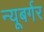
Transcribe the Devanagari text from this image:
न्यूबर्गर